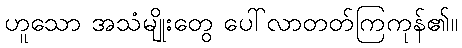
ဟူသော အသံမျိုးတွေ ပေါ်လာတတ်ကြကုန်၏။